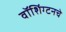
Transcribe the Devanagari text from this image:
वॉशिंग्टनचे